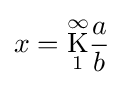
x={\underset {1}{\overset {\infty }{\mathrm {K} }}}{\frac {a}{b}}